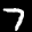
Label: 7